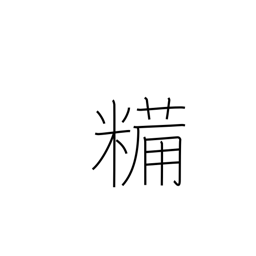
Meaning: dried boiled rice